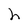
Character: h